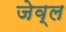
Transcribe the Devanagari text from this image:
जेव्ल